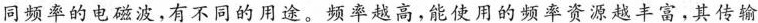
同频率的电磁波，有不同的用途。频率越高，能使用的频率资源越丰富，其传输